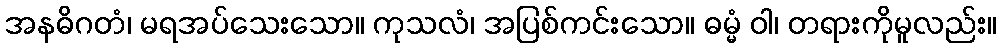
အနဓိဂတံ၊ မရအပ်သေးသော။ ကုသလံ၊ အပြစ်ကင်းသော။ ဓမ္မံ ဝါ၊ တရားကိုမူလည်း။